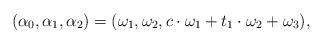
LaTeX: \begin{align*}(\alpha_0,\alpha_1,\alpha_2)=(\omega_1,\omega_2,c\cdot\omega_1+t_1\cdot\omega_2+\omega_3),\end{align*}